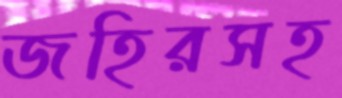
জহিরসহ